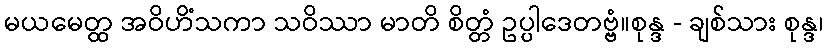
မယမေတ္ထ အဝိဟိံသကာ သဝိဿာ မာတိ စိတ္တံ ဥပ္ပါဒေတဗ္ဗံ။စုန္ဒ - ချစ်သား စုန္ဒ၊